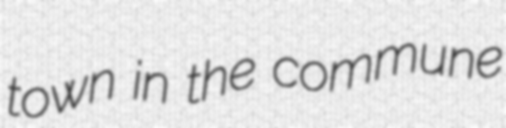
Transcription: town in the commune